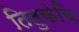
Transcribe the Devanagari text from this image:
तितुकेचि